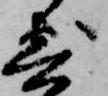
寄